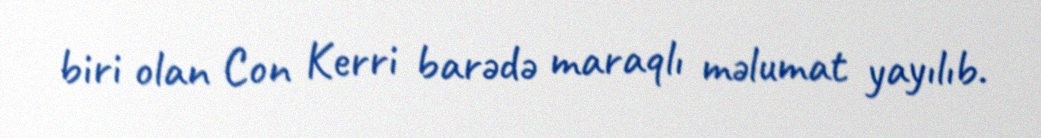
biri olan Con Kerri barədə maraqlı məlumat yayılıb.